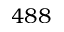
4 8 8